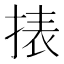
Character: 㧼